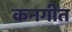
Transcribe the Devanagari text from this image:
कनगीत